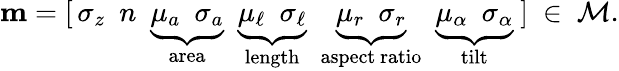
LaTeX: \mathbf{m}=[\, \sigma_{z}\ \ n\ \ \underbrace{\mu_{a}\ \ \sigma_{a}}_{\mathrm{area}}\ \ \underbrace{\mu_{\ell}\ \ \sigma_{\ell}}_{\mathrm{length}}\ \ \underbrace{\mu_{r}\ \ \sigma_{r}}_{\mathrm{aspect~ratio}}\ \ \underbrace{\mu_{\alpha}\ \ \sigma_{\alpha}}_{\mathrm{tilt}}\ ]\ \in\ \mathcal{M}.